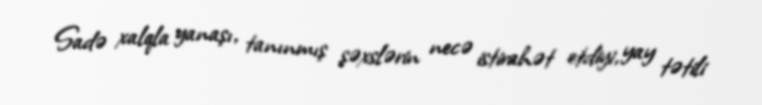
Sadə xalqla yanaşı, tanınmış şəxslərin necə istirahət etdiyi, yay tətili